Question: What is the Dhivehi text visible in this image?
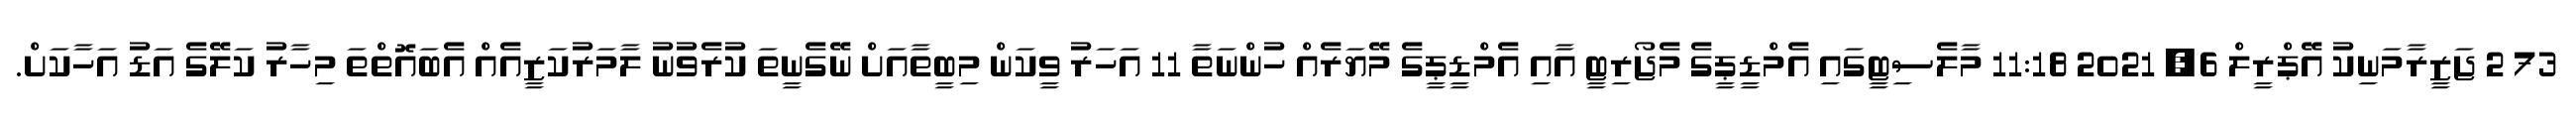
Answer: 73 2 ޖަޒީރާމަނިކު އޭޕްރީލް 6, 2021 11:18 މާލެސިޓީގައި އެމްޑީޕީގެ މެޖޯރިޓީ އާއި އެމްޑީޕީގެ މޭޔަރެއް ހުންނަތާ 11 އަހަރު ވީކަން މިބީތާއަށް ނޭގެނީތަ ކުރެވުނު ލާމަރުކަޒީއެއް އެބައޮތްތަ މިހާރު ކަލޭގެ އަޑު އަހާކަށް.